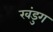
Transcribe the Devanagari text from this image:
खंडुग